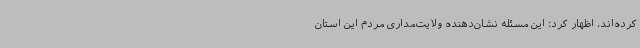
کرده‌اند، اظهار کرد: این مسئله نشان‌دهنده ولایت‌مداری مردم این استان